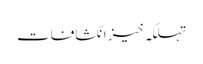
تہلکہ خیز انکشافات